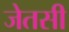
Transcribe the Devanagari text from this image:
जेतसी